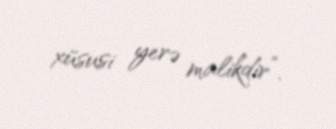
xüsusi yerə malikdir”.